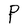
Character: P